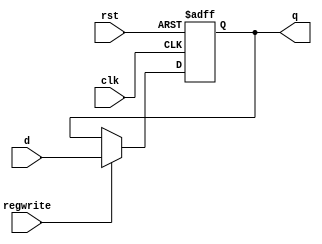
`timescale 1ns/1ps
module Dffreg(input clk, input rst, input regwrite, input d, output reg q);
    always @(posedge clk or posedge rst)
    begin
        if (rst == 1)
            q <= 0;
        else
            if (regwrite == 1)
            q <= d;
    end
endmodule